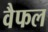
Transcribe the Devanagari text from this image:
वैफल